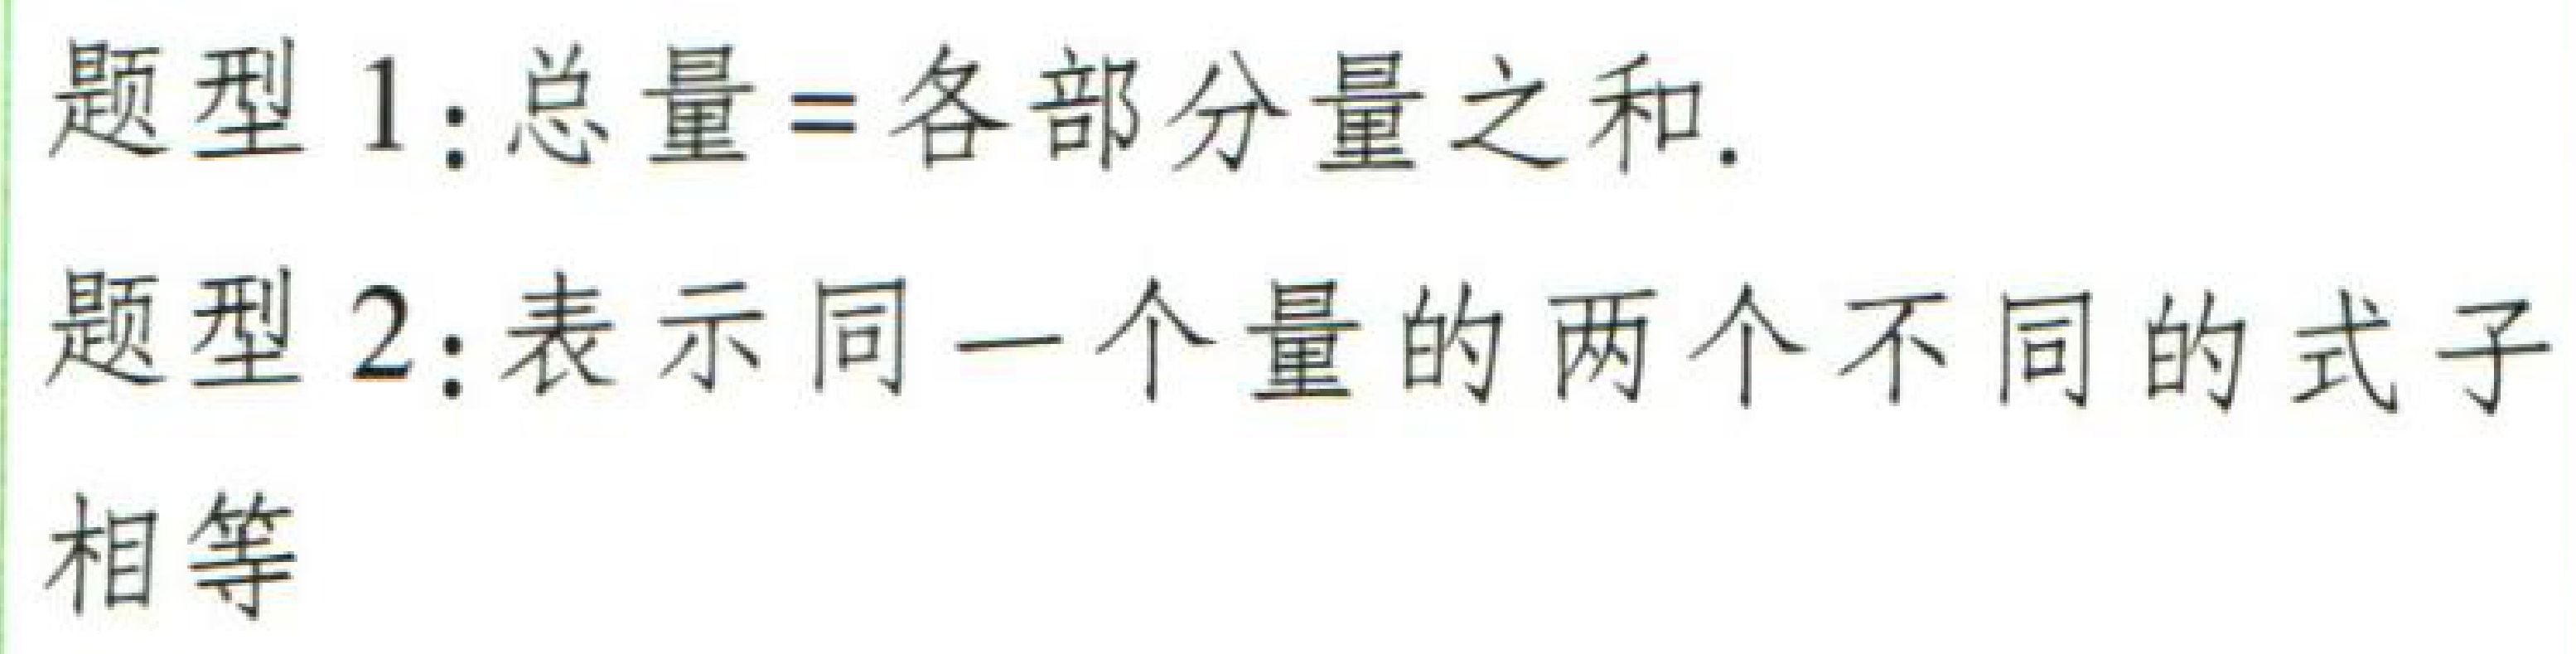
题型 1:总量=各部分量之和.

题型 2:表示同一个量的两个不同的式子

相等